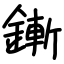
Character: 鏩